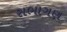
સભાગણ